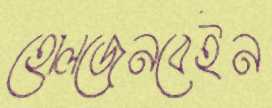
হোলজেনবেইন